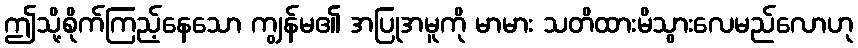
ဤသို့စိုက်ကြည့်နေသော ကျွန်မ၏ အပြုအမူကို မာမား သတိထားမိသွားလေမည်လောဟု